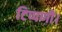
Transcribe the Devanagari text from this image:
टिप्पणी।